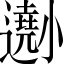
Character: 𡮾